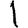
Digit: 1